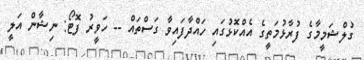
ގުލްޝަމީމާގެ ފުރާޅުމަތީގެ އެއްކޮޅުގައި ހައްދާފައިވާ ގަސްތައް -- ހަވީރު ފޮޓޯ: ނިޝާން އަލީ